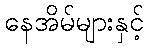
နေအိမ်များနှင့်